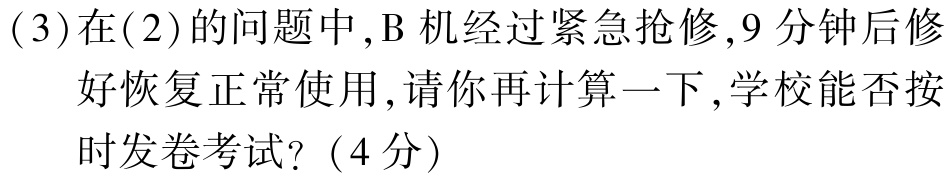
(3)在(2)的问题中,B 机经过紧急抢修,9分钟后修好恢复正常使用,请你再计算一下,学校能否按时发卷考试?（4分）